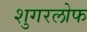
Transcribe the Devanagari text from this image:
शुगरलोफ